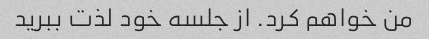
من خواهم کرد. از جلسه خود لذت ببرید